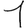
Digit: 1